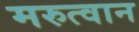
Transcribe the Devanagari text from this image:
मरुत्वान